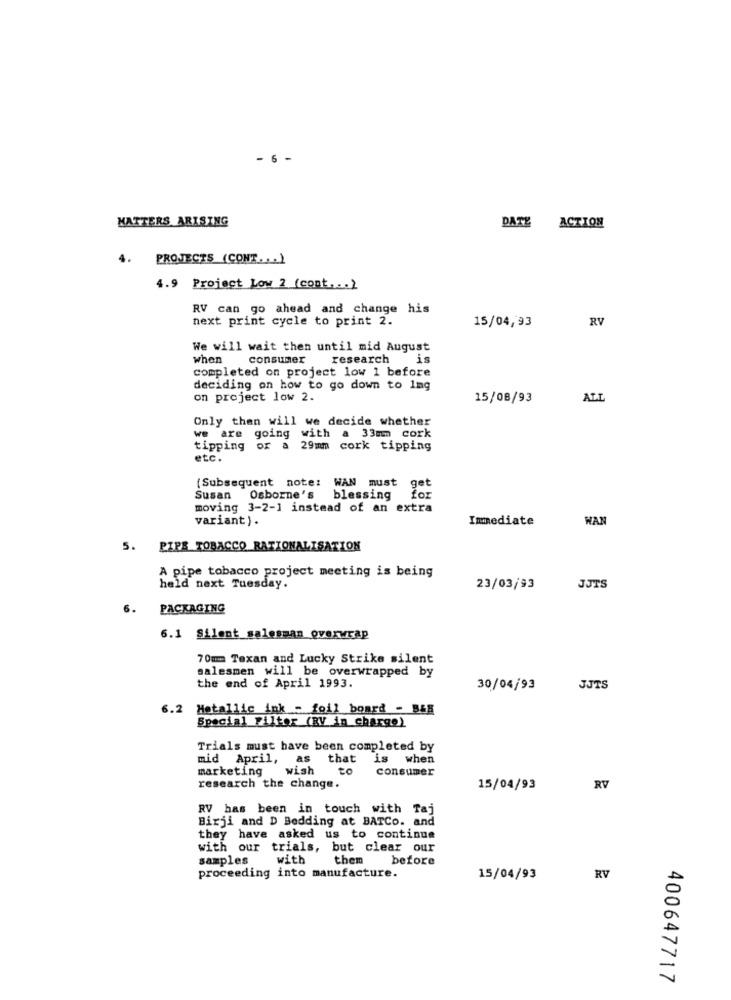
- 6 -
MATTERS ARISING
DATE ACTION
PROJECTS (CONT. . . )
4.9 Project Low 2 (cont ... )
RV can go ahead and change his
next print cycle to print 2.
RV
15/04,93
We will wait then until mid August
when
consumer
research is
completed on project low 1 before
deciding on how to go down to 1mg
on project low 2.
15/08/93
ALL
Only then will we decide whether
we are going with a 33mm cork
tipping of a 29mm cork tipping
etc.
(Subsequent note:
WAN
must
get
Susan Osborne's
blessing
moving 3-2-1 instead of an extra
variant).
Immediate
WAN
5. PIPE TOBACCO RATIONALISATION
A pipe tobacco project meeting is being
held next Tuesday.
23/03/93
JJTS
6.
PACKAGING
6.1 Silent_salesman_overwrap
70mm Texan and Lucky Strike silent
salesmen will be overwrapped by
the end of April 1993.
30/04/93
JJTS
6.2 Metallic ink - foil board - B&B
Special Filter (RV in charge)
Trials must have been completed by
mid April, as
that is when
marketing
wish
to
consumer
research the change.
15/04/93
RV
RV has been in touch with Taj
Birji and D Bedding at BATCo. and
they have asked us to continue
with our trials, but clear our
samples
with
them
before
proceeding into manufacture.
15/04/93
RV
400647717